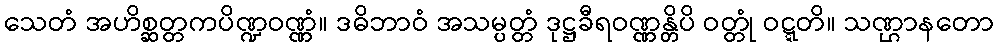
သေတံ အဟိစ္ဆတ္တကပိဏ္ဍဝဏ္ဏံ။ ဒဓိဘာဝံ အသမ္ပတ္တံ ဒုဋ္ဌခီရဝဏ္ဏန္တိပိ ဝတ္တုံ ဝဋ္ဋတိ။ သဏ္ဌာနတော